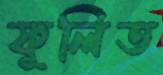
ফুলিত